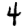
Digit: 4